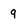
Character: 9